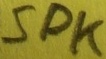
Text: SPK